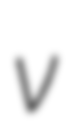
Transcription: v